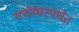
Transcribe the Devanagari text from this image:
वर्चस्वस्पर्धेत